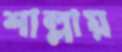
শাল্লায়